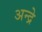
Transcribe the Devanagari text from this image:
अन्द्रे